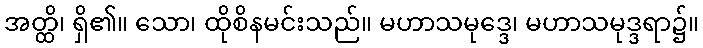
အတ္ထိ၊ ရှိ၏။ သော၊ ထိုစိနမင်းသည်။ မဟာသမုဒ္ဒေ၊ မဟာသမုဒ္ဒရာ၌။